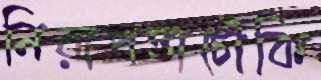
নিরাপত্তাচৌকি